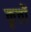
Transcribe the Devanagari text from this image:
कृत्तों